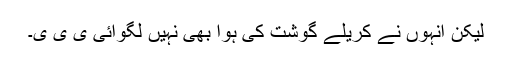
لیکن انہوں نے کریلے گوشت کی ہوا بھی نہیں لگوائی ی ی ی۔